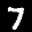
Label: 7